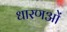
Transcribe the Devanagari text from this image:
धारणओं